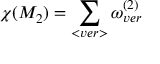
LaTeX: \chi ( M _ { 2 } ) = \sum _ { < v e r > } \omega _ { v e r } ^ { ( 2 ) }